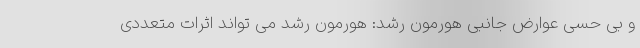
و بی حسی عوارض جانبی هورمون رشد: هورمون رشد می تواند اثرات متعددی